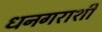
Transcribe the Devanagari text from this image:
धनगराशी